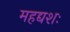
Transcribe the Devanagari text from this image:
महद्यशः